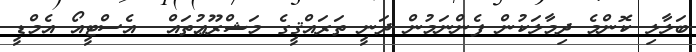
ބަލާލި ކޮންމެ ދިމާލަކުން ފެންނަމުން ދަނީ ތަރައްޤީގެ މަޝްރޫޢުތައް  އެސްޓީއޯ އެމްޑީ